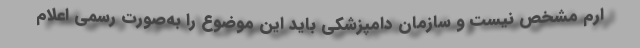
ارم مشخص نیست و سازمان دامپزشکی باید این موضوع را به‌صورت رسمی اعلام